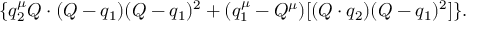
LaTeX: \{ q _ { 2 } ^ { \mu } Q \cdot ( Q - q _ { 1 } ) ( Q - q _ { 1 } ) ^ { 2 } + ( q _ { 1 } ^ { \mu } - Q ^ { \mu } ) [ ( Q \cdot q _ { 2 } ) ( Q - q _ { 1 } ) ^ { 2 } ] \} .